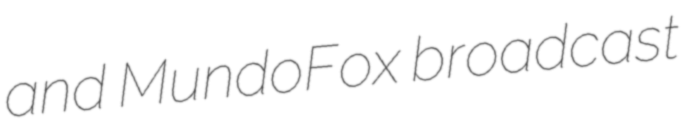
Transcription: and MundoFox broadcast